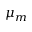
\mu _ { m }